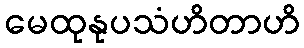
မေထုနုပသံဟိတာဟိ